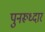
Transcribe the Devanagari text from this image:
पुनरूध्दार